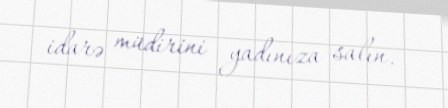
idarə müdirini yadınıza salın.